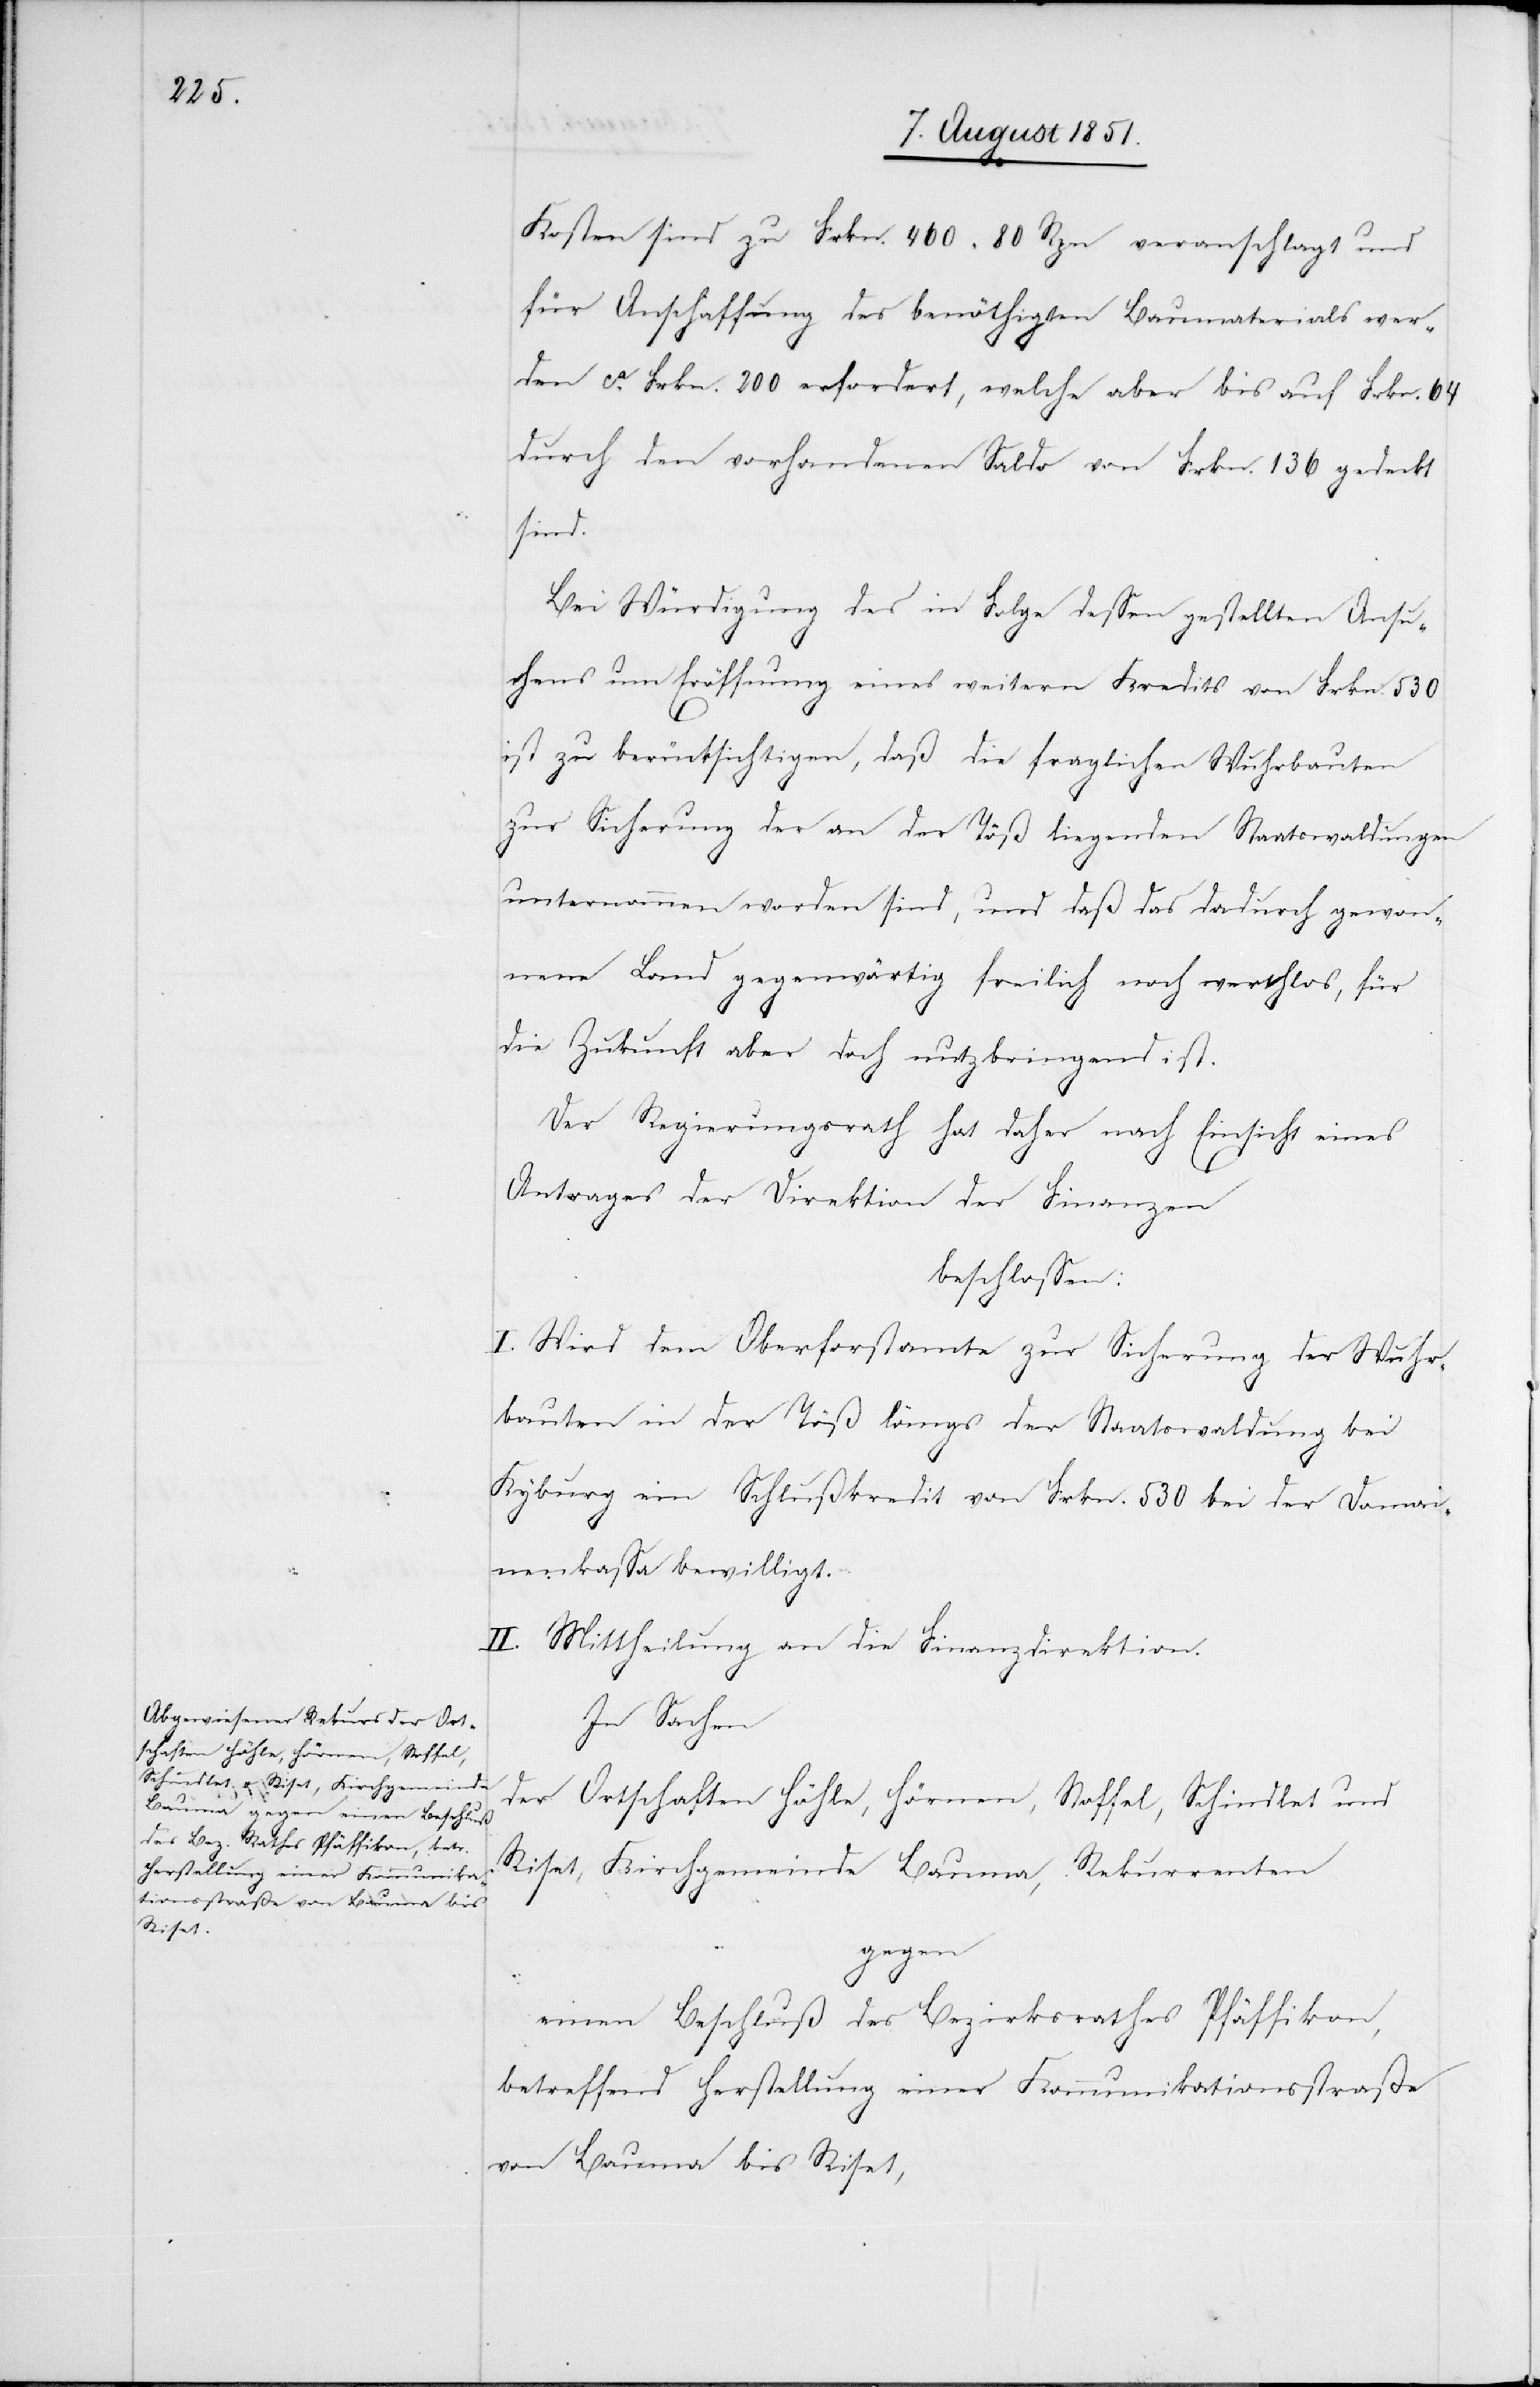
Kosten sind zu Frkn. 460 80 Rpn veranschlagt und
für Anschaffung des benöthigten Baumaterials wer¬
den ca. Frkn. 200 erfordert, welche aber bis auf Frkn. 64
durch den vorhandenen Saldo von Frkn. 136 gedeckt
sind.
Bei Würdigung des in Folge dessen gestellten Ansu¬
chens um Eröffnung eines weitern Kredits von Frkn. 530
ist zu berücksichtigen, daß die fraglichen Wuhrbauten
zur Sicherung der an der Töß liegenden Staatswaldungen
unternommen worden sind, und daß das dadurch gewon¬
nene Land gegenwärtig freilich noch werthlos, für
die Zukunft aber doch nutzbringend ist.
Der Regierungsrath hat daher nach Einsicht eines
Antrages der Direktion der Finanzen
beschlossen:
I. Wird dem Oberforstamte zur Sicherung der Wuhr¬
bauten in der Töß längs der Staatswaldung bei
Kyburg ein Schlußkredit von Frkn. 530 bei der Domai¬
nenkassa bewilligt.
II. Mittheilung an die Finanzdirektion.
In Sachen
der Ortschaften Höhle, Hörnen, Stoffel, Schindlet und
Riset, Kirchgemeinde Bauma, Rekurrenten
gegen
einen Beschluß des Bezirksrathes Pfäffikon,
betreffend Herstellung einer Kommunikationsstraße
von Bauma bis Riset,